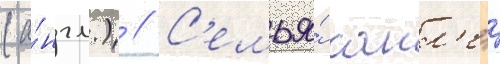
(а́нгл.) // С'емья́ сакл'ер